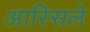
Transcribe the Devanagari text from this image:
आस्सिले